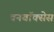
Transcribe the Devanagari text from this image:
वनबॉक्सेस